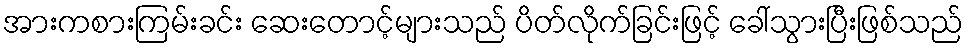
အားကစားကြမ်းခင်း ဆေးတောင့်များသည် ပိတ်လိုက်ခြင်းဖြင့် ခေါ်သွားပြီးဖြစ်သည်